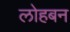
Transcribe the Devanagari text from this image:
लोहबन